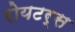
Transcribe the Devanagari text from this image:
रोयटर्स